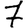
Digit: 7